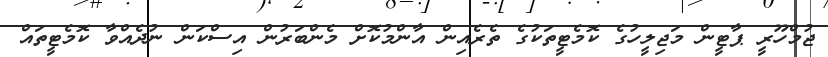
ޖުމްހޫރީ ޕާޓީން މަޖިލީހުގެ ކޮމެޓީތަކުގެ ތެރެއިން އާންމުކޮށް މެންބަރުން އިސްކަން ނުދެއްވާ ކޮމެޓީތައް